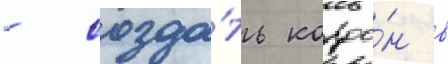
- созда́ть кордо́н в